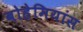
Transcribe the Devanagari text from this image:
बोहेमियांस